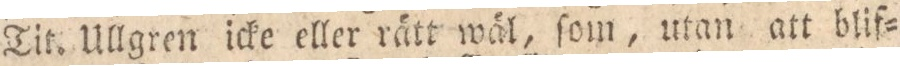
Tit. Ullgren icke eller rätt wäl, ſom, utan att blif=